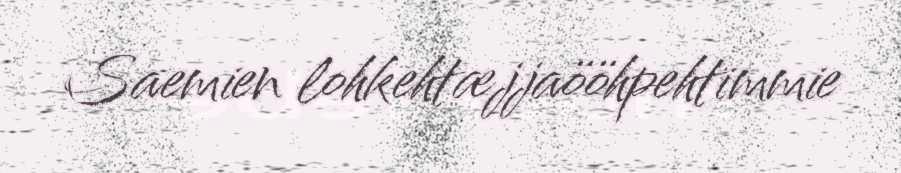
Saemien lohkehtæjjaööhpehtimmie